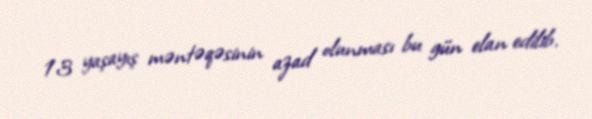
13 yaşayış məntəqəsinin azad olunması bu gün elan edilib.